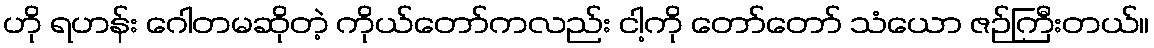
ဟို ရဟန်း ဂေါတမဆိုတဲ့ ကိုယ်တော်ကလည်း ငါ့ကို တော်တော် သံယော ဇဉ်ကြီးတယ်။